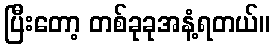
ပြီးတော့ တစ်ခုခုအနံ့ရတယ်။